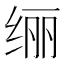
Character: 𫄥